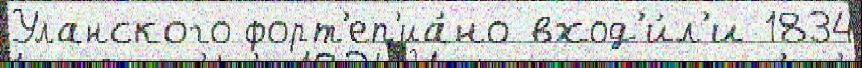
Уланского форт'еп'иа́но вход'и́л'и 1834